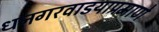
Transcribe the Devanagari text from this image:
धनगरवाडयाप्रमाणे